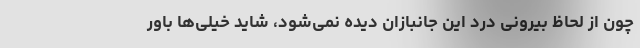
چون از لحاظ بیرونی درد این جانبازان دیده نمی‌شود، شاید خیلی‌ها باور